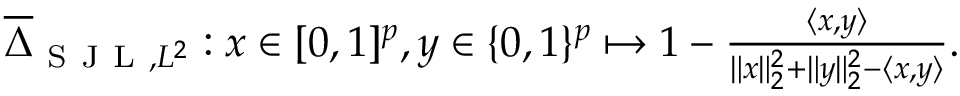
\begin{array} { r } { \overline { { \Delta } } _ { \mathrm { ~ S ~ J ~ L ~ } , L ^ { 2 } } : x \in [ 0 , 1 ] ^ { p } , y \in \{ 0 , 1 \} ^ { p } \mapsto 1 - \frac { \langle x , y \rangle } { \| x \| _ { 2 } ^ { 2 } + \| y \| _ { 2 } ^ { 2 } - \langle x , y \rangle } . } \end{array}